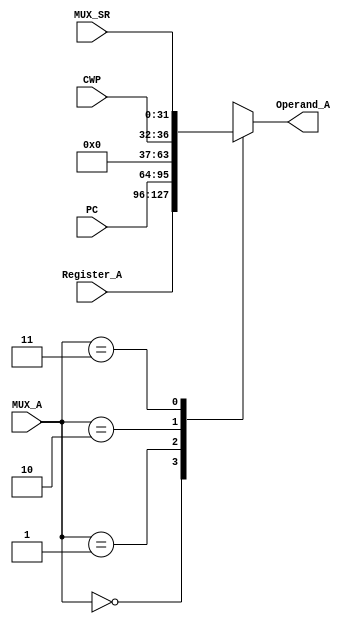
module Multiplexer_A (
				output reg [31:0] Operand_A,
				input [31:0] Register_A,
				input [31:0] PC,
				input [4:0] CWP,
				input [31:0] MUX_SR,
				input [1:0] MUX_A
				);
	always @*
		begin
		case (MUX_A)
			2'b00:
				begin
				Operand_A = Register_A;
				end
			2'b01:
				begin
				Operand_A = PC;
				end
			2'b10:
				begin
				Operand_A = {{27{1'b0}}, CWP};
				end
			2'b11:
				begin
				Operand_A = MUX_SR;
				end
			default:
				begin
				//$display("Invalid MUX_A Control Signal: %d", MUX_A);
				end
		endcase
		end
endmodule